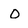
Character: O